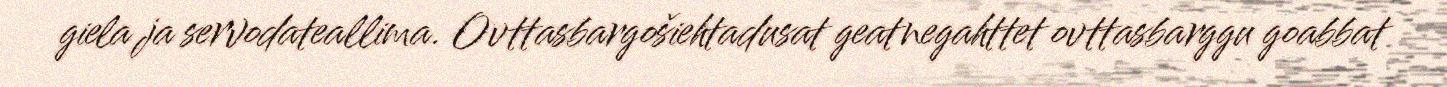
giela ja servodateallima. Ovttasbargošiehtadusat geatnegahttet ovttasbarggu goabbat